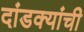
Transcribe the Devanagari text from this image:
दांडक्यांची